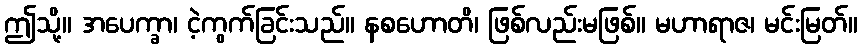
ဤသို့။ အပေက္ခာ၊ ငဲ့ကွက်ခြင်းသည်။ နစဟောတိ၊ ဖြစ်လည်းမဖြစ်။ မဟာရာဇ၊ မင်းမြတ်။